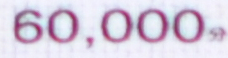
60,000